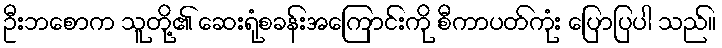
ဦးဘစောက သူတို့၏ ဆေးရုံစခန်းအကြောင်းကို စီကာပတ်ကုံး ပြောပြပါ သည်။